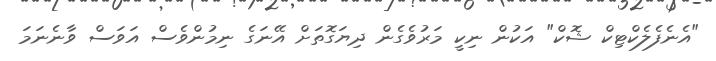
"އެނެފެލެކްޓިކް ޝޮކް" އަކުން ނިކީ މަރުވެގެން ދިޔަގޮތަށް އޭނަގެ ނިމުންވެސް އަވަސް ވާނެނަމަ